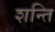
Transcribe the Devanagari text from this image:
शन्ति